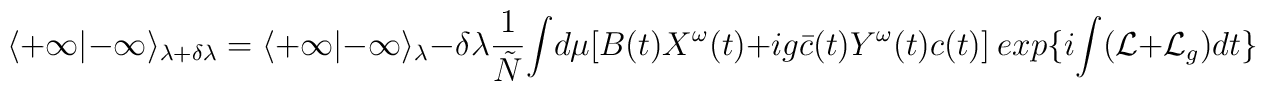
\langle +\infty|-\infty\rangle_{\lambda+\delta \lambda} =\langle +\infty|-\infty\rangle_{\lambda } -\delta\lambda \frac{1}{\tilde{N}}{\int}d\mu [B(t)X^{\omega}(t) +ig\bar{c}(t)Y^{\omega}(t)c(t)]\ exp\{i {\int}({\cal L}+{\cal L}_{g})dt\}